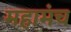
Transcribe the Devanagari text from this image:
महामंच